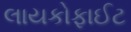
લાયકોફાઈટ